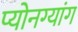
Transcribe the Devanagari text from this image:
प्योनग्यांग